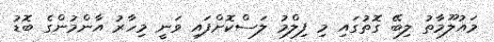
މައުލޫމާތު ލިބޭ ގޮތުގައި މި ފިލްމު ލަސްކޮށްފައި ވަނީ މިހާރު އާންމުންގެ ބޮޑު